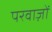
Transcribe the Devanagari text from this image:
परवाज़ों